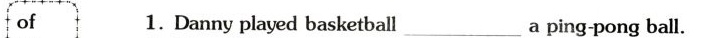
of1. Danny played basketball\underline a ping pong ball.